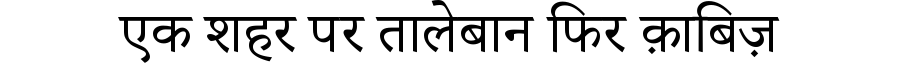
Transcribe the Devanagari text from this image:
एक शहर पर तालेबान फिर क़ाबिज़